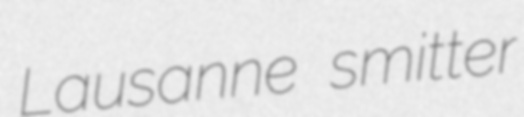
Lausanne smitter